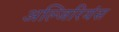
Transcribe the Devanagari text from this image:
अल्जिरियंस